Scottish assistants in French schools and colleges, 1923
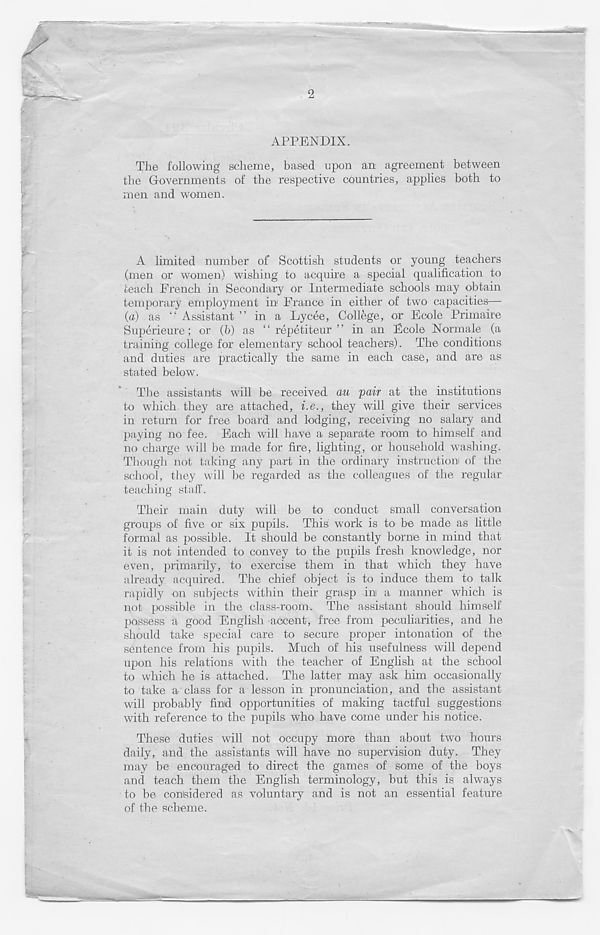
2
APPENDIX.
The following scheme, based upon an agreement between
the Governments of the respective countries, applies both to
men and women.
A limited number of Scottish students or young teachers
(men or women) wishing to acquire a special qualification to
teach French in Secondary or Intermediate schools may obtain
temporary employment in France in either of two capacities—
(a) as “ Assistant ” in a Lycee, College, or Ecole Primaire
Superieure; or (b) as “ repetiteur ” in an Fcole Normale (a
training college for elementary school teachers). The conditions
and duties are practically the same in each case, and are as
stated below.
The assistants will be received au pair at the institutions
to which they are attached, i.e., they will give their services
in return for free board and lodging, receiving no salary and
paying no fee. Each will have a separate room to himself and
no charge will be made for fire, lighting, or household washing.
Though not taking any part in the ordinary instruction! of the
school, they will be regarded as the colleagues of the regular
teaching staff.
Their main duty will be to conduct small conversation
groups of five or six pupils. This work is to be made as little
formal as possible. It should be constantly borne in mind that
it is not intended to convey to the pupils fresh knowledge, nor
even, primarily, to exercise them in that which they have
already acquired. The chief object is to induce them to talk
rapidly on subjects within their grasp ini a manner which is
not possible in the class-room. The assistant should himself
possess a good English accent, free from peculiarities, and he
should take special care to secure proper intonation of the
sentence from his pupils. Much of his usefulness will depend
upon his relations with the teacher of English at the school
to which he is attached. The latter may ask him occasionally
to take a class for a lesson in pronunciation, and the assistant
will probably find opportunities of making tactful suggestions
with reference to the pupils who have come under his notice.
These duties will not occupy more than about two hours
daily, and the assistants will have no supervision duty. They
may be encouraged to direct the games of some of the boys
and teach them the English terminology, but this is always
to be considered as voluntary and is not an essential feature
of the scheme.